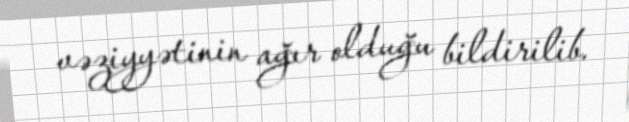
vəziyyətinin ağır olduğu bildirilib.